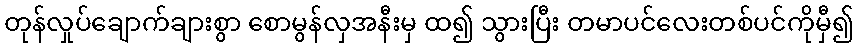
တုန်လှုပ်ချောက်ချားစွာ စောမွန်လှအနီးမှ ထ၍ သွားပြီး တမာပင်လေးတစ်ပင်ကိုမှီ၍